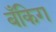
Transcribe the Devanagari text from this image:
बँकिग